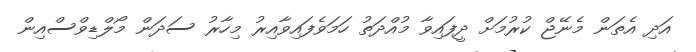
އަދި އެތަން މެނޭޖް ކުރުމަށް ދީފައިވާ މުއްދަތު ހަމަވެފައިވާއިރު މިހާރު ސަދަން މޯލްޑިވްސްއިން